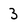
Character: 3